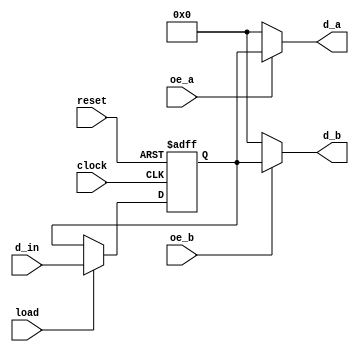
`timescale 1ns / 1ps
//////////////////////////////////////////////////////////////////////////////////
// 
// Module Name: reg16
// 
// Description: A 16 bit register with inputs to control two independent outputs.
// 
// 
//////////////////////////////////////////////////////////////////////////////////


module reg16(
    input clock,
    input reset,
    input oe_a,
    input oe_b,
    input load,
    input [15:0] d_in,
    output [15:0] d_a,
    output [15:0] d_b
    );
    
    reg [15:0] data;
    
    always @ (posedge clock, posedge reset)
        begin
        if (reset)
            data <= 16'b0;
        else if (load)
            data <= d_in;
        else
            data <= data;
        end
    
    assign d_a = oe_a ? data : 16'b0;
    assign d_b = oe_b ? data : 16'b0;
    
endmodule